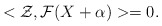
\begin{align*}<\mathcal{Z},\mathcal{F}(X+\alpha)>=0. \end{align*}